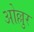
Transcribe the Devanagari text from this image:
ओल्लुर